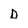
Character: D